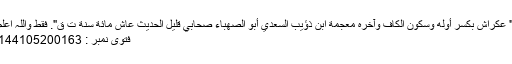
" عكراش بكسر أوله وسكون الكاف وآخره معجمة ابن ذؤيب السعدي أبو الصهباء صحابي قليل الحديث عاش مائة سنة ت ق". فقط واللہ اعلم
فتوی نمبر : 144105200163